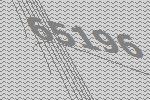
65196